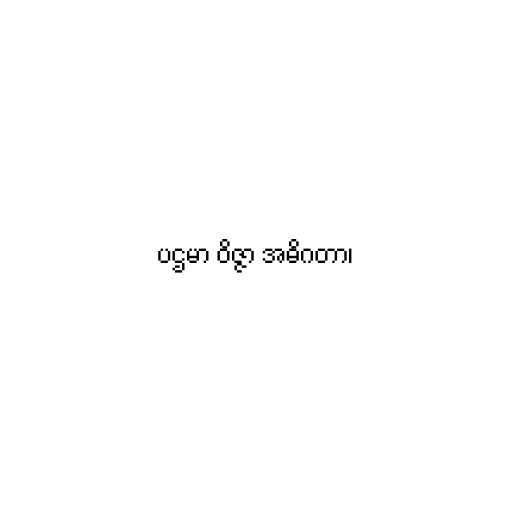
ပဌမာ ဝိဇ္ဇာ အဓိဂတာ၊